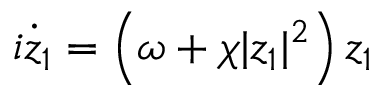
i \dot { z } _ { 1 } = \left( \omega + \chi | z _ { 1 } | ^ { 2 } \right) z _ { 1 }